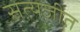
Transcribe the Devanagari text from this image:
सत्‍यजीत